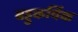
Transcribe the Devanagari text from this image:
बहुकर्यिक